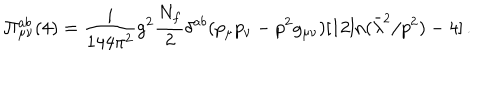
LaTeX: \Pi _ { \mu \nu } ^ { a b } ( 4 ) = \frac i { 1 4 4 \pi ^ { 2 } } g ^ { 2 } \frac { N _ { f } } { 2 } \delta ^ { a b } ( p _ { \mu } p _ { \nu } - p ^ { 2 } g _ { \mu \nu } ) [ 1 2 \mathrm { l n } ( \bar { \lambda } ^ { 2 } / p ^ { 2 } ) - 4 ] \, .